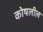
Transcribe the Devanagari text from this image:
कोषलील